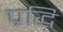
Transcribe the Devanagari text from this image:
प्रद्धि